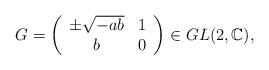
LaTeX: \begin{align*}G= \left(\begin{array}{ccc}\pm \sqrt{-ab} & 1 \\ b & 0\end{array}\right)\in GL(2, \mathbb{C}),\end{align*}